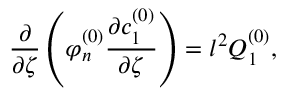
\frac { \partial } { \partial \zeta } \left( \varphi _ { n } ^ { ( 0 ) } \frac { \partial c _ { 1 } ^ { ( 0 ) } } { \partial \zeta } \right) = l ^ { 2 } Q _ { 1 } ^ { ( 0 ) } ,